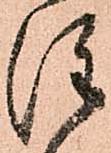
注